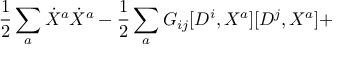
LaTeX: \frac { 1 } { 2 } \sum _ { a } \dot { X } ^ { a } \dot { X } ^ { a } - \frac { 1 } { 2 } \sum _ { a } G _ { i j } [ D ^ { i } , X ^ { a } ] [ D ^ { j } , X ^ { a } ] +